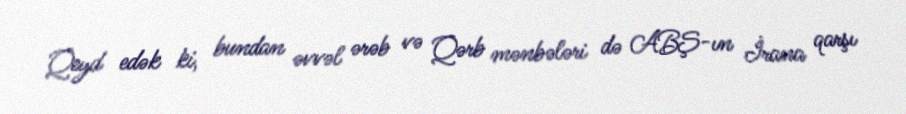
Qeyd edək ki, bundan əvvəl ərəb və Qərb mənbələri də ABŞ-ın İrana qarşı